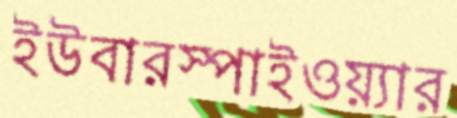
ইউবারস্পাইওয়্যার